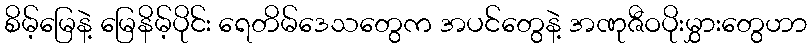
စိမ့်မြေနဲ့ မြေနိမ့်ပိုင်း ရေတိမ်ဒေသတွေက အပင်တွေနဲ့ အဏုဇီဝပိုးမွှားတွေဟာ